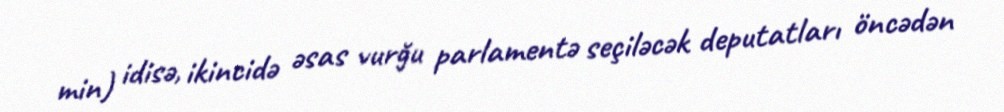
min) idisə, ikincidə əsas vurğu parlamentə seçiləcək deputatları öncədən